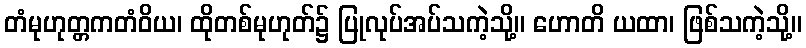
တံမုဟုတ္တကတံဝိယ၊ ထိုတစ်မုဟုတ်၌ ပြုလုပ်အပ်သကဲ့သို့။ ဟောတိ ယထာ၊ ဖြစ်သကဲ့သို့။